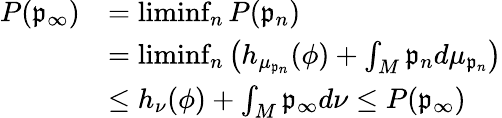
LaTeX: \begin{array}{rl}{P(\mathfrak{p}_{\infty})}&{=\operatorname*{liminf}_{n}P(\mathfrak{p}_{n})}\\ &{=\operatorname*{liminf}_{n}\left(h_{\mu_{\mathfrak{p}_{n}}}(\phi)+\int_{M}\mathfrak{p}_{n}d\mu_{\mathfrak{p}_{n}}\right)}\\ &{\leq h_{\nu}(\phi)+\int_{M}\mathfrak{p}_{\infty}d\nu\leq P(\mathfrak{p}_{\infty})}\end{array}